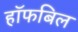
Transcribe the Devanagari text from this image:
हॉफबिल